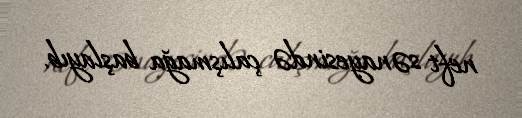
neft sənayesində çalışmağa başlayıb.